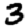
Digit: 3